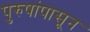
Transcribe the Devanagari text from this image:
पुरुषांपासून